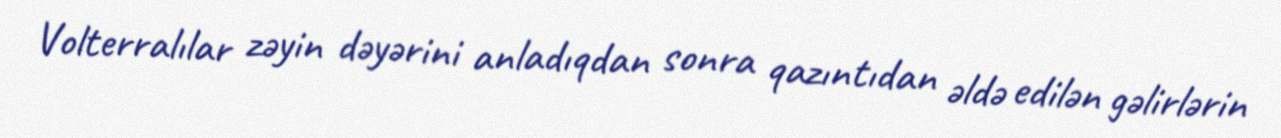
Volterralılar zəyin dəyərini anladıqdan sonra qazıntıdan əldə edilən gəlirlərin